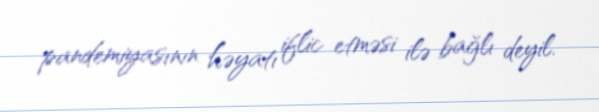
pandemiyasının həyatı iflic etməsi ilə bağlı deyil.